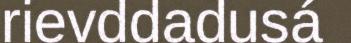
rievddadusá